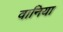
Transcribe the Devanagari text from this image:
वानिया